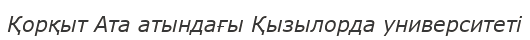
Қорқыт Ата атындағы Қызылорда университеті